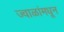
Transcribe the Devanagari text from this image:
ज्वाळांमधून